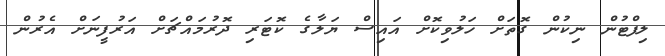
ލިފްޓުން ނިކުން ގޮތަށް ހަލުވިކޮށް އައިސް ޔަލާގެ ކޮޓަރި ދޮރުމައްޗަށް އަރުފީނަށް އެރުން